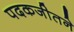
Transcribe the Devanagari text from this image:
पदकजीतने